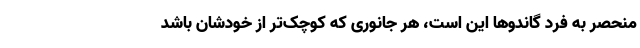
منحصر به فرد گاندوها این است، هر جانوری که کوچک‌تر از خودشان باشد